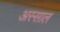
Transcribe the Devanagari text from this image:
अस्साल